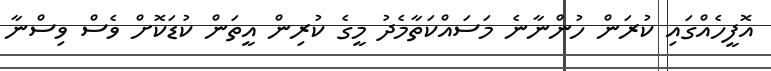
އޮފީހެއްގައި ކުރަން ހުންނާނެ މަސައްކަތާމެދު މީގެ ކުރިން އީތަން ކުޑަކޮށް ވެސް ވިސްނާ